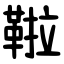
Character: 鞡